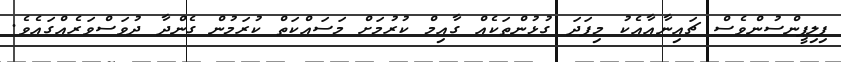
ފިލިޕީންސުންވެސް ޗައިނާއާއެކު މިފަދަ ގުޅުންތަކެއް ގާއިމް ކުރުމަށް މަސައްކަތް ކުރަމުން ގެންދާ ދުވަސްވަރެއްގައެވެ.